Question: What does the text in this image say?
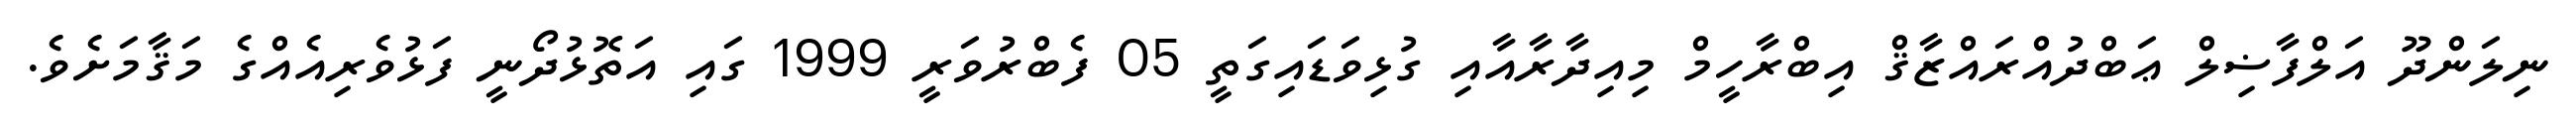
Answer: ނިލަންދޫ އަލްފާޟިލް ޢަބްދުއްރައްޒާޤް އިބްރާހީމް މިއިދާރާއާއި ގުޅިވަޑައިގަތީ 05 ފެބްރުވަރީ 1999 ގައި އަތޮޅުދޯނީ ފަޅުވެރިއެއްގެ މަޤާމަށެވެ.